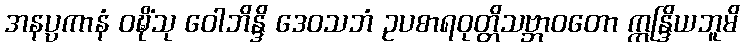
အနပ္ပကာနံ ဝဍ္ဎိံသု ဝေါဘိန္ဒိ ဒေဝသဘံ ဥပစာရဝုတ္တိသဗ္ဘာဝတော ဣန္ဒြိယဘူမိ